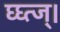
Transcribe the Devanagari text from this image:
घ्घ्त्ज्।